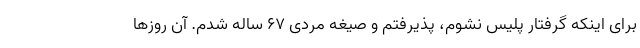
برای اینکه گرفتار پلیس نشوم، پذیرفتم و صیغه مردی ۶۷ ساله شدم. آن روزها